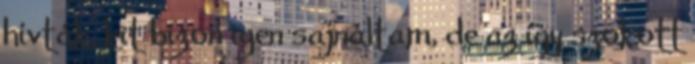
hívták, kit bizon igen sajnáltam, de az így szokott